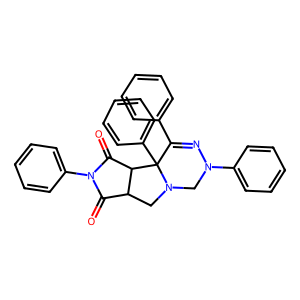
SMILES: O=C1C2CN3CN(c4ccccc4)N=C(c4ccccc4)C3(c3ccccc3)C2C(=O)N1c1ccccc1
Inhibits HIV replication: No